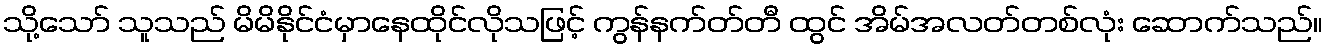
သို့သော် သူသည် မိမိနိုင်ငံမှာနေထိုင်လိုသဖြင့် ကွန်နက်တ်တီ ထွင် အိမ်အလတ်တစ်လုံး ဆောက်သည်။